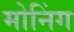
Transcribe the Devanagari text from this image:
मोनिंग